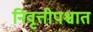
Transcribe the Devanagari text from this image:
निवृत्तीपश्चात